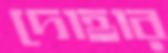
দোহার